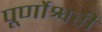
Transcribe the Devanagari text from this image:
पूर्णोश्वरी